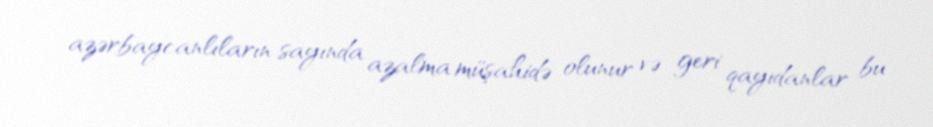
azərbaycanlıların sayında azalma müşahidə olunur və geri qayıdanlar bu